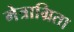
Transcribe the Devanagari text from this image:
मेत्राग्रिता